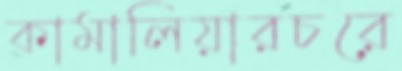
কামালিয়ারচরে